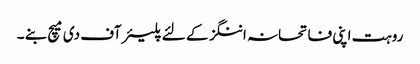
روہت اپنی فاتحانہ اننگز کے لئے پلیئر آف دی میچ بنے ۔